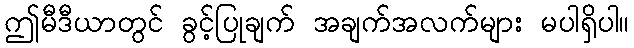
ဤမီဒီယာတွင် ခွင့်ပြုချက် အချက်အလက်များ မပါရှိပါ။